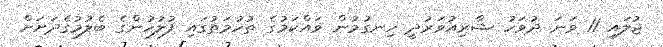
ޖުލައި 11 ވަނަ ދުވަހު ޝާރިއުވަރުދީ ހިނގުމުން ވައްކަމުގެ ތުހުމަތުގައި ފުލުހުންގެ ބެލުމުގެދަށަށް